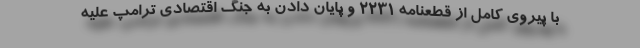
با پیروی کامل از قطعنامه ۲۲۳۱ و پایان دادن به جنگ اقتصادی ترامپ علیه